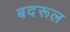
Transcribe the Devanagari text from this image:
बदरूल